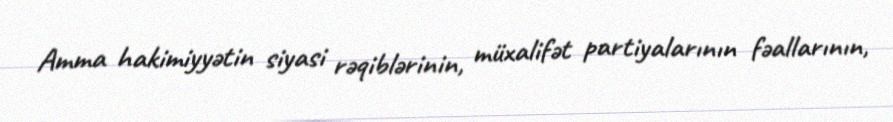
Amma hakimiyyətin siyasi rəqiblərinin, müxalifət partiyalarının fəallarının,